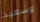
وسعيد